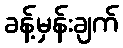
ခန့်မှန်းချက်